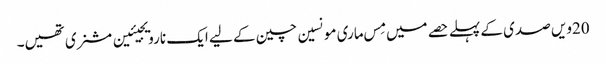
20ویں صدی کے پہلے حصے میں مِس ماری مونسین چین کے لیے ایک نارویجیئین مشنری تھیں۔